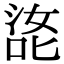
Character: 㖳